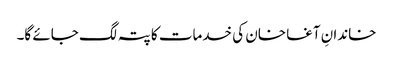
خاندانِ آغا خان کی خدمات کا پتہ لگ جائے گا۔